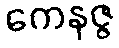
ကေနဇ္ဇ